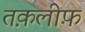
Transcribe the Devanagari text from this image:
तक़लीफ़